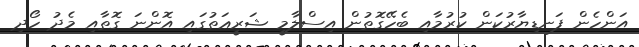
އަންހެން ފަނޑިޔާރުކަން ކުރުމާއި ބެހޭގޮތުން އިސްލާމީ ޝަރީޢަތުގައި އޮންނަ ގޮތާއި މެދު ހޯދި